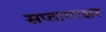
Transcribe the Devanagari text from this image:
सप्तामाक्षर